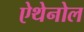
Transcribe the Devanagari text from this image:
ऐथेनोल